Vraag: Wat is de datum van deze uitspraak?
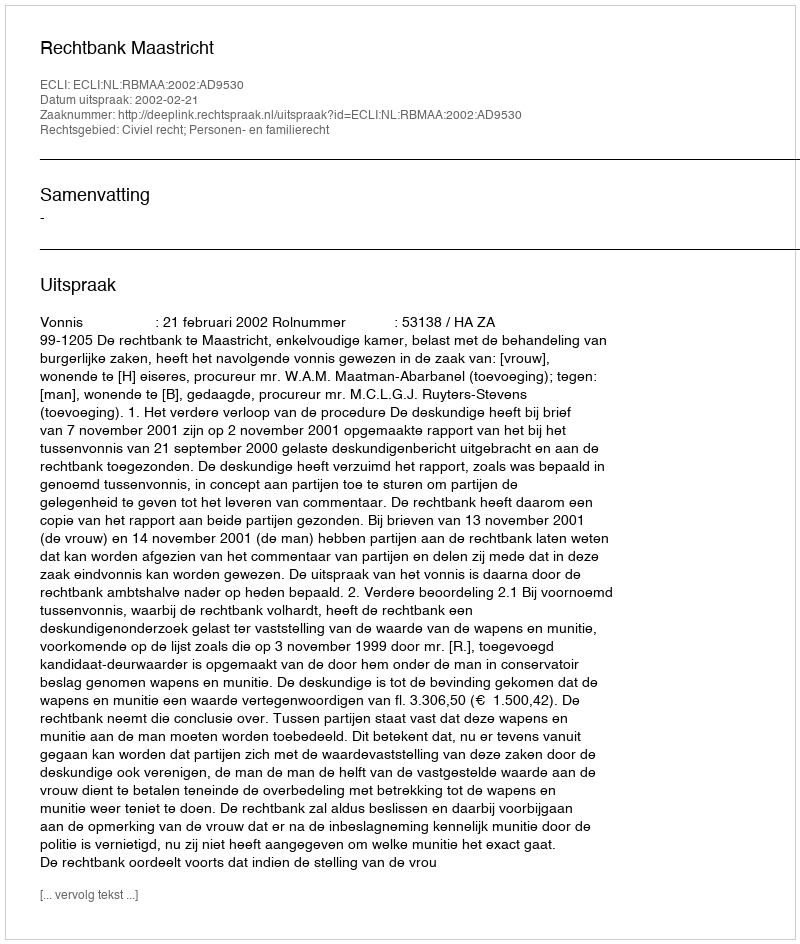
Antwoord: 2002-02-21